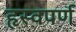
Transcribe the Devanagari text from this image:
हृस्वपर्ण